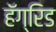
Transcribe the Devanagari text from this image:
हॅग्रिड